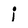
Character: i